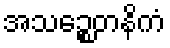
အသဉ္စေတနိကံ